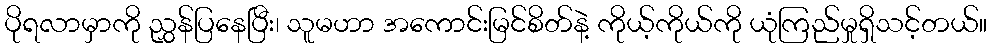
ပိုရလာမှာကို ညွှန်ပြနေပြီး၊ သူမဟာ အကောင်းမြင်စိတ်နဲ့ ကိုယ့်ကိုယ်ကို ယုံကြည်မှုရှိသင့်တယ်။